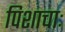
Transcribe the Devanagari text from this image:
पिशाचाः